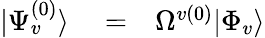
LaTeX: \begin{array}{rlr}{|\Psi_{v}^{(0)}\rangle}&{{}=}&{\Omega^{v(0)}|\Phi_{v}\rangle}\end{array}